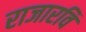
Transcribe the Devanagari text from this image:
राजारवि